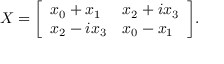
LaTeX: X = { \left[ \begin{array} { l l } { x _ { 0 } + x _ { 1 } } & { x _ { 2 } + i x _ { 3 } } \\ { x _ { 2 } - i x _ { 3 } } & { x _ { 0 } - x _ { 1 } } \end{array} \right] } .